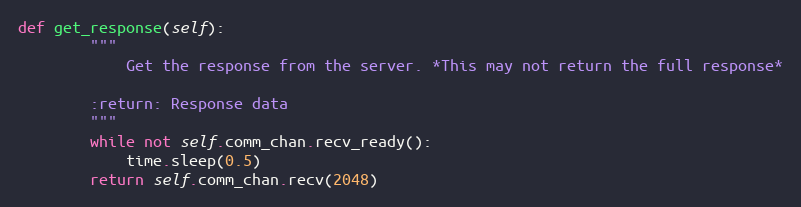
Language: Python
def get_response(self):
        """
            Get the response from the server. *This may not return the full response*

        :return: Response data
        """
        while not self.comm_chan.recv_ready():
            time.sleep(0.5)
        return self.comm_chan.recv(2048)